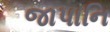
જાપાનિ